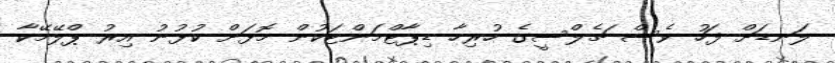
ލަނޑަށް ފަހު ވެސް ޗެލްސީގެ ހުރިހާ ޑިޕާޓްމަންޓަކުން މޮޅަށް ކުޅުނު އިރު ޕްލޭމޭކާ